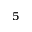
^ { 5 }